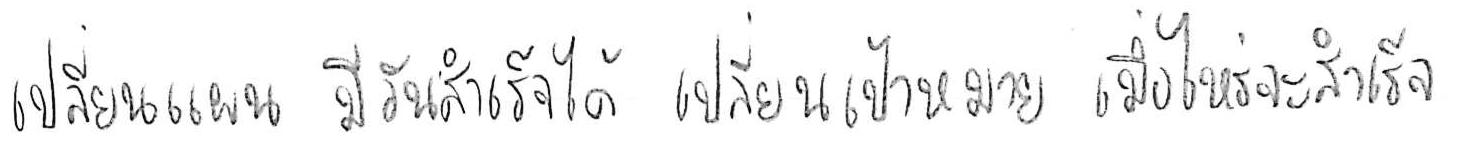
เปลี่ยนแผน มีวันสำเร็จได้ เปลี่ยนเป้าหมาย เมื่อไหร่จะสำเร็จ